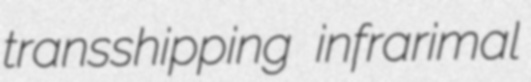
transshipping infrarimal